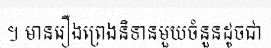
។ មានរឿងព្រេងនិទានមួយចំនួនដូចជា